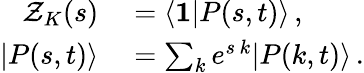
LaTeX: \begin{array}{rl}{\mathcal{Z}_{K}(s)}&{{}=\langle\mathbf{1}|P(s,t)\rangle\, ,}\\ {|P(s,t)\rangle}&{{}=\sum_{k}e^{s\, k}|P(k,t)\rangle\, .}\end{array}